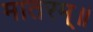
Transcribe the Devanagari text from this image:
मातरम्॥